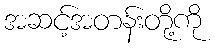
အဆင့်အတန်းတို့ကို